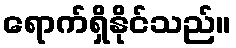
ရောက်ရှိနိုင်သည်။